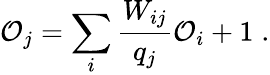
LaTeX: \mathcal{O}_{j}=\sum_{i}\frac{W_{ij}}{q_{j}}\mathcal{O}_{i}+1\; .